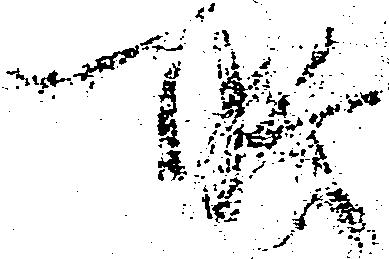
所